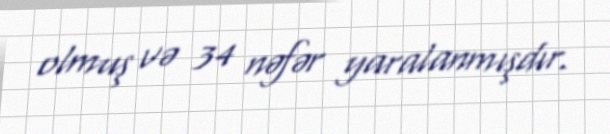
olmuş və 34 nəfər yaralanmışdır.